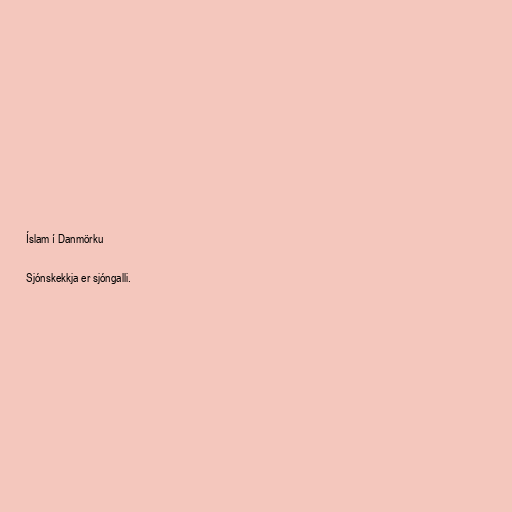
Íslam í Danmörku

Sjónskekkja er sjóngalli.